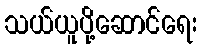
သယ်ယူပို့ဆောင်ရေး